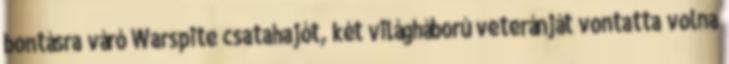
bontásra váró Warspite csatahajót, két világháború veteránját vontatta volna